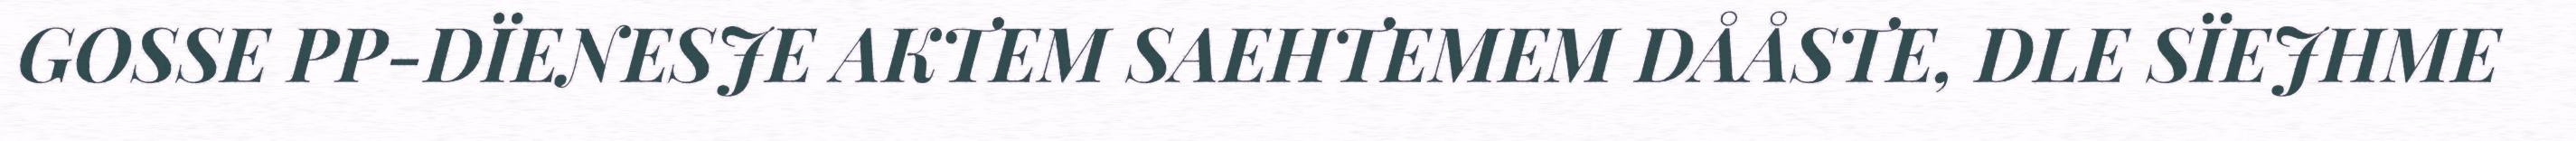
GOSSE PP-DÏENESJE AKTEM SAEHTEMEM DÅÅSTE, DLE SÏEJHME